Report on plague and inoculation in the Punjab from October 1st ... to September 30th..., being the ... season of plague in the province
Disease focus: Plague
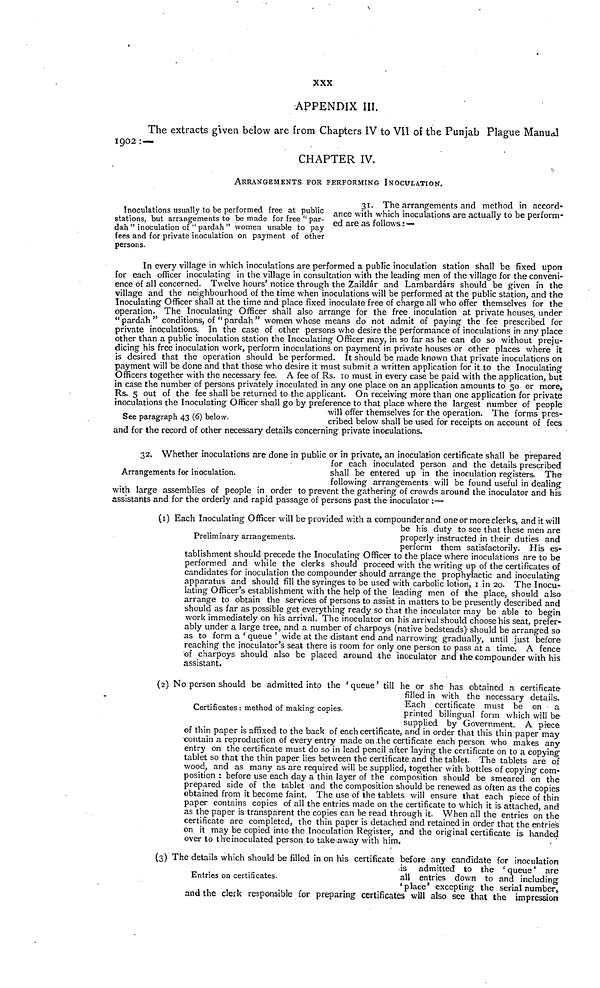
XXX
APPENDIX III.
The extracts given below are from Chapters IV to VII of the Punjab Plague Manual
1902 :—
CHAPTER IV.
ARRANGEMENTS FOR PERFORMING INOCULATION.
Inoculations usually to be performed free at public
stations, but arrangements to be made for free " par-
dah " inoculation of " pardah " women unable to pay
fees and for private inoculation on payment of other
persons.
31. The arrangements and method in accord-
ance with which inoculations are actually to be perform-
ed are as follows : —
See paragraph 43 (6) below.
In every village in which inoculations are performed a public inoculation station shall be fixed upon
for each officer inoculating in the village in consultation with the leading men of the village for the conveni-
ence of all concerned. Twelve hours' notice through the Zaildár and Lambardárs should be given in the
village and the neighbourhood of the time when inoculations will be performed at the public station, and the
Inoculating Officer shall at the time and place fixed inoculate free of charge all who offer themselves for the
operation. The Inoculating Officer shall also arrange for the free inoculation at private houses, under
"pardah" conditions, of "pardah" women whose means do not admit of paying the fee prescribed for
private inoculations. In the case of other persons who desire the performance of inoculations in any place
other than a public inoculation station the Inoculating Officer may, in so far as he can do so without preju-
dicing his free inoculation work, perform inoculations on payment in private houses or other places where it
is desired that the operation should be performed. It should be made known that private inoculationson
payment will be done and that those who desire it must submit a written application for it to the Inoculating
Officers together with the necessary fee. A fee of Rs. 10 must in every case be paid with the application, but
in case the number of persons privately inoculated in any one place on an application amounts to 50 or more,
Rs. 5 out of the fee shall be returned to the applicant. On receiving more than one application for private
inoculations the Inoculating Officer shall go by preference to that place where the largest number of people
will offer themselves for the operation. The forms pres-
cribed below shall be used for receipts on account of fees
and for the record of other necessary details concerning private inoculations.
Arrangements for inoculation.
32. Whether inoculations are done in public or in private, an inoculation certificate shall be prepared
for each inoculated person and the details prescribed
shall be entered up in the inoculation registers. The
following arrangements will be found useful in dealing
with large assemblies of people in order to prevent the gathering of crowds around the inoculator and his
assistants and for the orderly and rapid passage of persons past the inoculator :—
Preliminary arrangements.
(1) Each Inoculating Officer wilt be provided with a compounder and one or more clerks, and it will
be his duty to see that these men are
properly instructed in their duties and
perform them satisfactorily. His es-
tablishment should precede the Inoculating Officer to the place where inoculations are to be
performed and while the clerks should proceed with the writing up of the certificates of
candidates for inoculation the compounder should arrange the prophylactic and inoculating
apparatus and should fill the syringes to be used with carbolic lotion, 1 in 20. The Inocu-
lating Officer's establishment with the help of the leading men of the place, should also
arrange to obtain the services of persons to assist in matters to be presently described and
should as far as possible get everything ready so that the inoculator may be able to begin
work immediately on his arrival. The inoculator on his arrival should choose his seat, prefer-
ably under a large tree, and a number of charpoys (native bedsteads) should be arranged so
as to form a ' queue ' wide at the distant end and narrowing gradually, until just before
reaching the inoculator's seat there is room for only one person to pass at a time. A fence
of charpoys should also be placed around the inoculator and the compounder with his
assistant.
Certificates : method of making copies.
(2) No person should be admitted into the 'queue' till he or she has obtained a certificate
filled in with the necessary details.
Each certificate must be on a
printed bilingual form which will be
supplied by Government. A piece
of thin paper is affixed to the back of each certificate, and in order that this thin paper may
contain a reproduction of every entry made on .the certificate each person who makes any
entry on the certificate must do so in lead pencil after laying the certificate on to a copying
tablet so that the thin paper lies between the certificate and the tablet. The tablets are of
wood, and as many as are required will be supplied, together with bottles of copying com-
position : before use each day a thin layer of the composition should be smeared on the
prepared side of the tablet and the composition should be renewed as often as the copies
obtained from it become faint. The use of the tablets will ensure that each piece of thin
paper contains copies of all the entries made on the certificate to which it is attached, and
as the paper is transparent the copies can be read through it. When all the entries on the
certificate are completed, the thin paper is detached and retained in order that the entries
on it may be copied into the Inoculation Register, and the original certificate is handed
over to the inoculated person to takeaway with him.
Entries on certificates.
(3) The details which should be filled in on his certificate before any candidate for inoculation
is admitted to the 'queue' are
all entries down to and including
'place' excepting the serial number,
and the clerk responsible for preparing certificates will also see that the impression